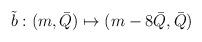
LaTeX: \begin{align*}\tilde b : (m, \bar Q) \mapsto (m - 8\bar Q, \bar Q)\end{align*}